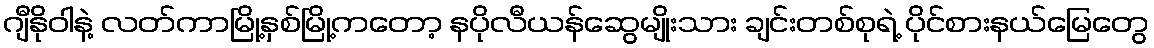
ဂျီနိုဝါနဲ့ လတ်ကာမြို့နှစ်မြို့ကတော့ နပိုလီယန်ဆွေမျိုးသား ချင်းတစ်စုရဲ့ ပိုင်စားနယ်မြေတွေ